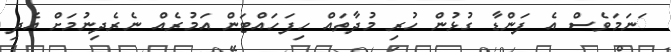
ަނަމަވެސް އެ ފަންޑާ ގުޅުން ހުރި މުދާތައް ހިފަހައްޓަން އަމުރެއް ނެރެދިނުމަށް އެދި